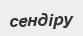
сендіру